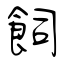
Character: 飼